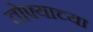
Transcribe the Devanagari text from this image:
तोफ्याच्या